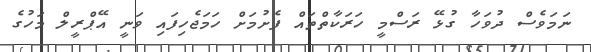
ނަމަވެސް ދުވަހާ ގުޅޭ ރަސްމީ ހަރަކާތްތައް ފެށުމަށް ހަމަޖެހިފައި ވަނީ އޭޕްރީލް މަހުގެ